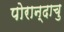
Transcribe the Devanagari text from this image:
पोरान्दाचु